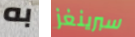
به سبرينغز